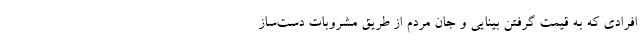
افرادی که به قیمت گرفتن بینایی و جان مردم از طریق مشروبات دست‌ساز